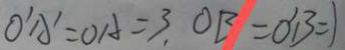
0 ^ { \prime } A ^ { \prime } = O A = 3 , O B = O ^ { \prime } B = 1